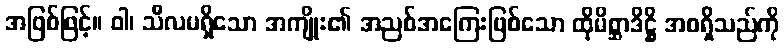
အဖြစ်ဖြင့်။ ဝါ၊ သီလမရှိသော အကျိုး၏ အညစ်အကြေးဖြစ်သော ထိုမိစ္ဆာဒိဋ္ဌိ အစရှိသည်ကို